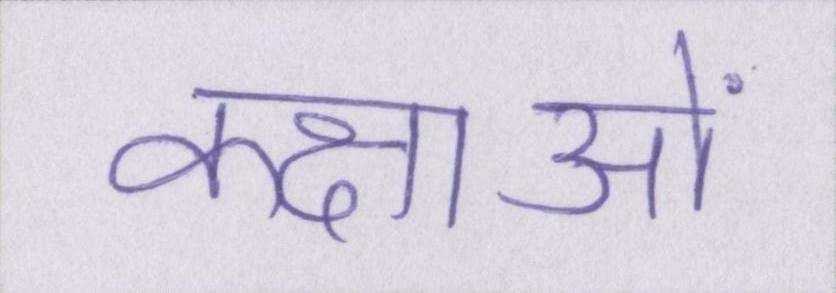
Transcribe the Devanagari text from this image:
कक्षाओं